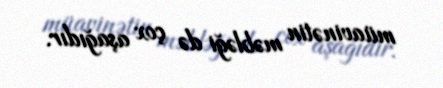
müavinətin məbləği də çox aşağıdır.